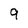
Character: 9